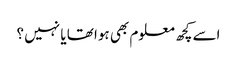
اسے کچھ معلوم بھی ہوا تھا یا نہیں ؟